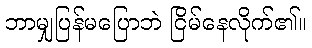
ဘာမျှပြန်မပြောဘဲ ငြိမ်နေလိုက်၏။